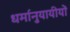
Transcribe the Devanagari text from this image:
धर्मानुयायीयों